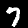
Digit: 7